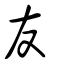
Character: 友